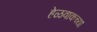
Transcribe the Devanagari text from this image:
हेळवाकच्या